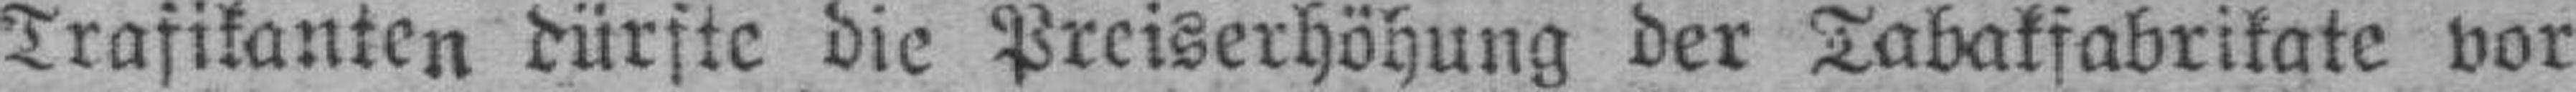
Trasikanten dürfte die Preiserhöhung der Tabaksabrikate vor